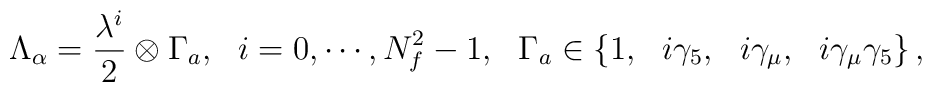
\Lambda_\alpha = {\lambda^i\over 2}\otimes\Gamma_a,~~i=0,\cdots,N_f^2-1,~~\Gamma_a\in\{1,~~i\gamma_5,~~i\gamma_\mu,~~i\gamma_\mu\gamma_5\}\,,